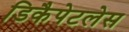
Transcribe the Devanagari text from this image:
डिकैपेटलेस